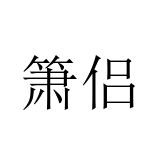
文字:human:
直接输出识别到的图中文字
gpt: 箫侣